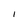
Character: I